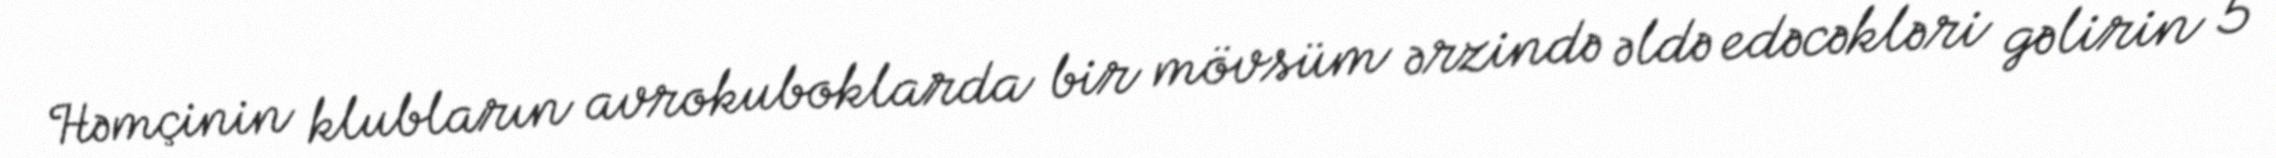
Həmçinin klubların avrokuboklarda bir mövsüm ərzində əldə edəcəkləri gəlirin 5